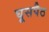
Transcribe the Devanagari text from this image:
घूसपैठ